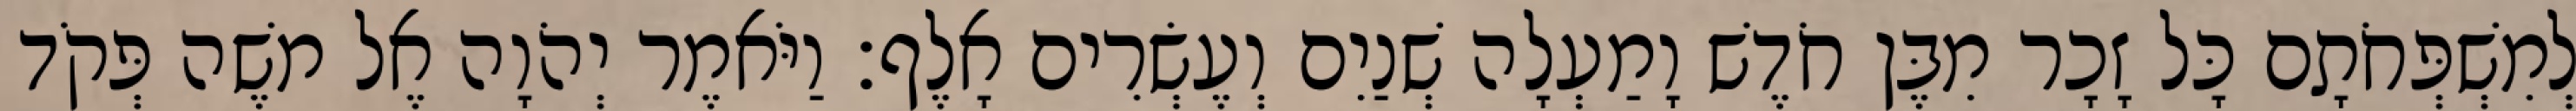
לְמִשְׁפְּחֹתָם כָּל זָכָר מִבֶּן חֹדֶשׁ וָמַעְלָה שְׁנַיִם וְעֶשְׂרִים אָלֶף׃ וַיֹּאמֶר יְהֹוָה אֶל משֶׁה פְּקֹד